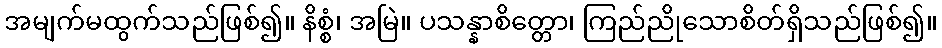
အမျက်မထွက်သည်ဖြစ်၍။ နိစ္စံ၊ အမြဲ။ ပသန္နာစိတ္တော၊ ကြည်ညိုသောစိတ်ရှိသည်ဖြစ်၍။